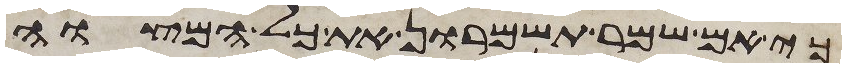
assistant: כי אם שמר תשמרון את כל המצוה